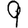
Digit: 9